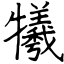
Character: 犧